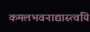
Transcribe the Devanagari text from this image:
कमलभवनाद्यास्त्वयि